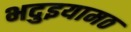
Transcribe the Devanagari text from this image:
भदुइयामठ